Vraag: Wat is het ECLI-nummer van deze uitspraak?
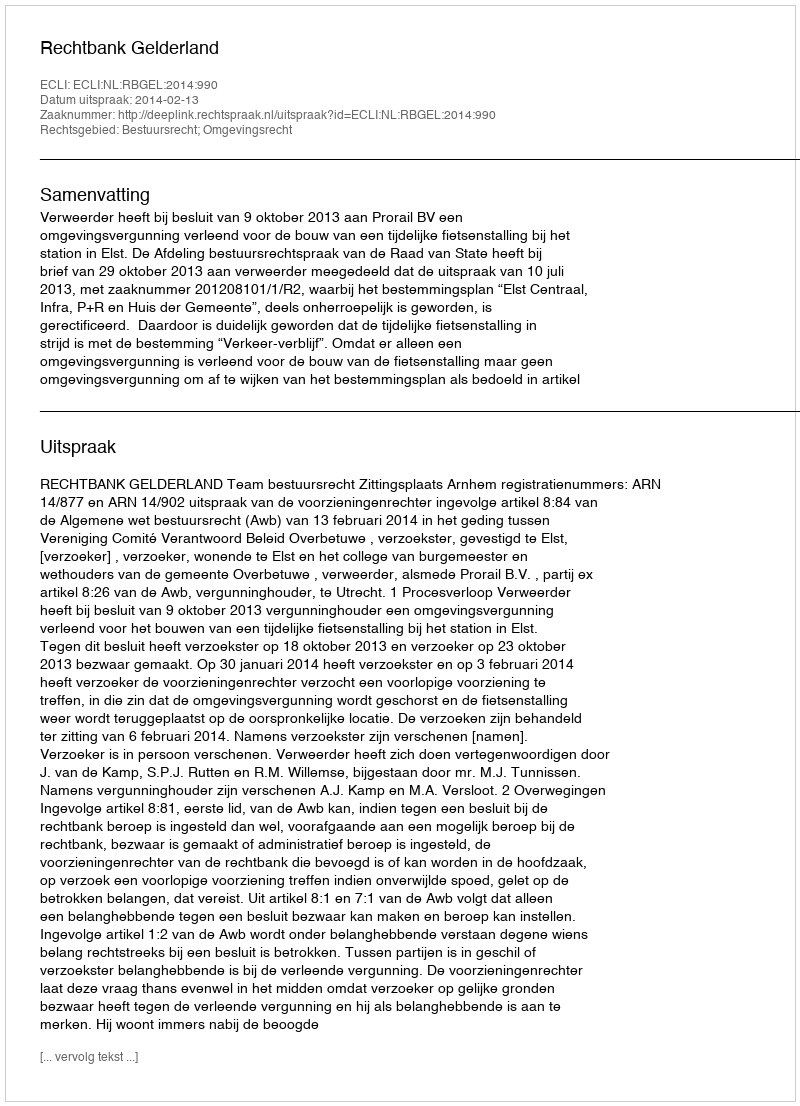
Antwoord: ECLI:NL:RBGEL:2014:990